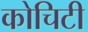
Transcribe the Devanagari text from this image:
कोचिटी